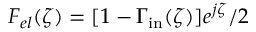
F _ { e l } ( \zeta ) = [ 1 - \Gamma _ { \mathrm { i n } } ( \zeta ) ] e ^ { j \zeta } / 2